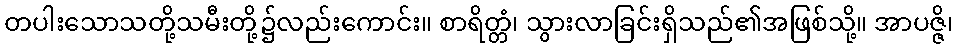
တပါးသောသတို့သမီးတို့၌လည်းကောင်း။ စာရိတ္တံ၊ သွားလာခြင်းရှိသည်၏အဖြစ်သို့။ အာပဇ္ဇိ၊